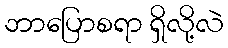
ဘာပြောစရာ ရှိလို့လဲ